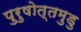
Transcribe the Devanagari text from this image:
पुरुषोत्तमुडु